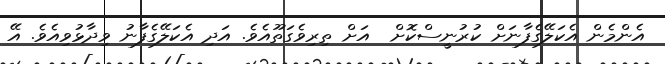
އެންމެން އެކަލޭގެފާނަށް ކުރުނީސްކޮށް  އަށް ތިރިވެގަތޫއެވެ. އަދި އެކަލޭގެފާނު ވިދާޅުވިއެވެ. އޭ